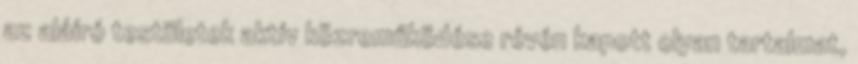
az aláíró testületek aktív közreműködése révén kapott olyan tartalmat,